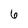
Character: 6